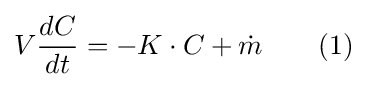
V{\frac {dC}{dt}}=-K\cdot C+{\dot {m}}\qquad (1)